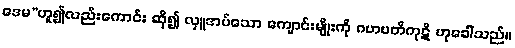
ဒေမ”ဟူ၍လည်းကောင်း ဆို၍ လှူအပ်သော ကျောင်းမျိုးကို ဂဟပတိကုဋိ ဟုခေါ်သည်။